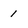
Character: 1